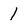
Character: 1